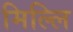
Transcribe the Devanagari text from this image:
मिल्लि